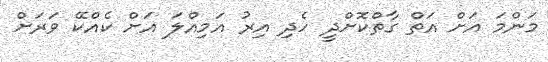
މަންމަ އަށް އަތް ގާތްކޮށްދީ ހެދި އިރު އަމިއްލަ އަށް ކެއްކޭ ވަރަށް